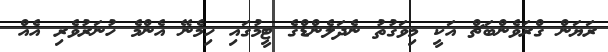
ރަޔަން ގްރަވެންބަޗް އަކީ މިވަގުތު ނެދަލެންޑްގެ ޓީމުގައި ހިމެނޭ އެންމެ ހުނަރުވެރި އެއް